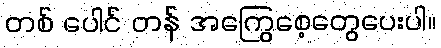
တစ် ပေါင် တန် အကြွေစေ့တွေပေးပါ။